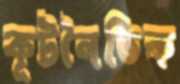
কূটনৈতিক